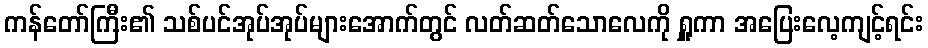
ကန်တော်ကြီး၏ သစ်ပင်အုပ်အုပ်များအောက်တွင် လတ်ဆတ်သောလေကို ရှူကာ အပြေးလေ့ကျင့်ရင်း